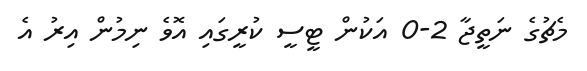
މެޗުގެ ނަތީޖާ 2-0 އަކުން ޓީސީ ކުރީގައި އޮވެ ނިމުން އިރު އެ